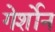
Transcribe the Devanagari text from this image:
गेर्शोन